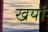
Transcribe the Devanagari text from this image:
खर्यो